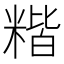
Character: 𥻄